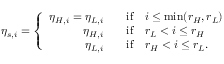
\eta _ { s , i } = \left\{ \begin{array} { r l } { \eta _ { H , i } = \eta _ { L , i } \quad } & { { } \mathrm { i f } \quad i \leq \mathrm { m i n } ( r _ { H } , r _ { L } ) } \\ { \eta _ { H , i } \quad } & { { } \mathrm { i f } \quad r _ { L } < i \leq r _ { H } } \\ { \eta _ { L , i } \quad } & { { } \mathrm { i f } \quad r _ { H } < i \leq r _ { L } . } \end{array} \right.